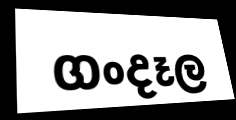
ගංදෑල